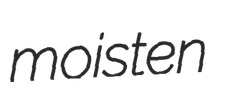
moisten